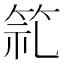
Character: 𮅍